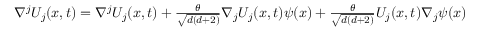
\begin{array} { r } { \nabla ^ { j } U _ { j } ( x , t ) = \nabla ^ { j } U _ { j } ( x , t ) + \frac { \theta } { \sqrt { d ( d + 2 ) } } \nabla _ { j } U _ { j } ( x , t ) \psi ( x ) + \frac { \theta } { \sqrt { d ( d + 2 ) } } U _ { j } ( x , t ) \nabla _ { j } \psi ( x ) } \end{array}